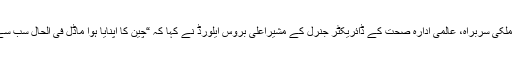
اس موقع پر گروپ کے غیرملکی سربراہ، عالمی ادارہ صحت کے ڈائریکٹر جنرل کے مشیراعلی بروس ایلورڈ نے کہا کہ “چین کا اپنایا ہوا ماڈل فی الحال سب سے کامیاب ماڈل ثابت ہوا ہے۔